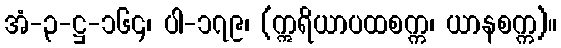
အံ-၃-ဋ္ဌ-၁၆၄၊ ပါ-၁၇၉၊ (ဣရိယာပထစက္က၊ ယာနစက္က)။